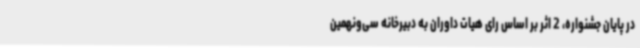
در پایان جشنواره، 2 اثر بر اساس رای هیات داوران به دبیرخانه سی‌ونهمین